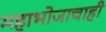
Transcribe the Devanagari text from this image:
महाभोजाचाही